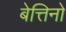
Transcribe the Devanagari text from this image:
बेत्तिनो